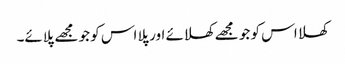
کھلا اس کو جو مجھے کھلائے اور پلا اس کو جو مجھے پلائے۔